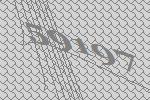
59197